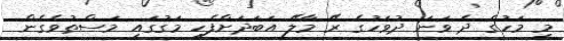
މި މަހުގެ ދެ ވަނަ ދުވަހުގެ ރޭ މާލޭ އަބަދަށްފެހި މަގުގައި މަސްތުވެގެން